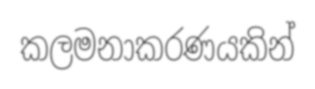
කලමනාකරණයකින්